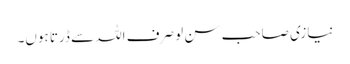
نیازی صاحب سن لو صرف اللہ سے ڈرتا ہوں۔